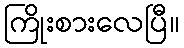
ကြိုးစားလေပြီ။